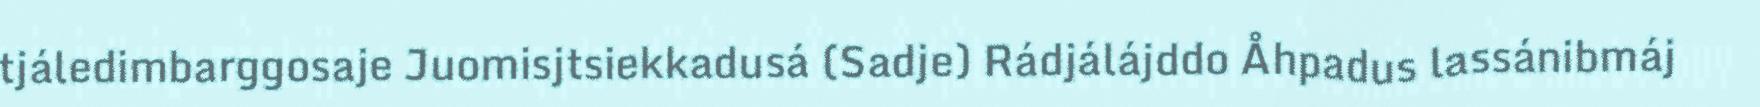
tjáledimbarggosaje Juomisjtsiekkadusá (Sadje) Rádjálájddo Åhpadus lassánibmáj